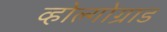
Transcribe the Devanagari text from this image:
व्होल्गोग्राड